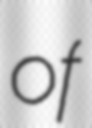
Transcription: of